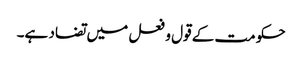
حکومت کے قول و فعل میں تضاد ہے۔